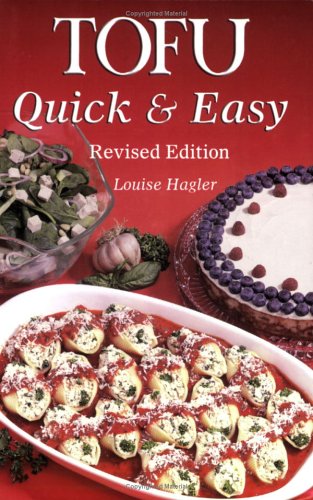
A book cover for Tofu Quick & Easy; Louise Hagler; Health, Fitness & Dieting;